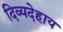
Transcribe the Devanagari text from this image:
दिव्यदेहाय